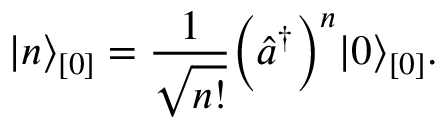
\vert n \rangle _ { [ 0 ] } = \frac { 1 } { \sqrt { n ! } } \Bigl ( \hat { a } ^ { \dagger } \Bigr ) ^ { n } \vert 0 \rangle _ { [ 0 ] } .